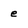
Character: e